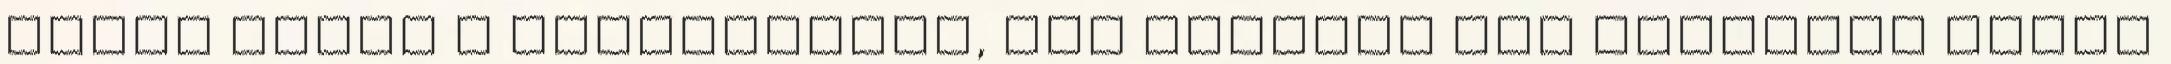
veszi körül a fényforrást, ami elvileg per pillanat nincs